Medical and sanitary report of the native army of Bengal for the year
Year: 1876
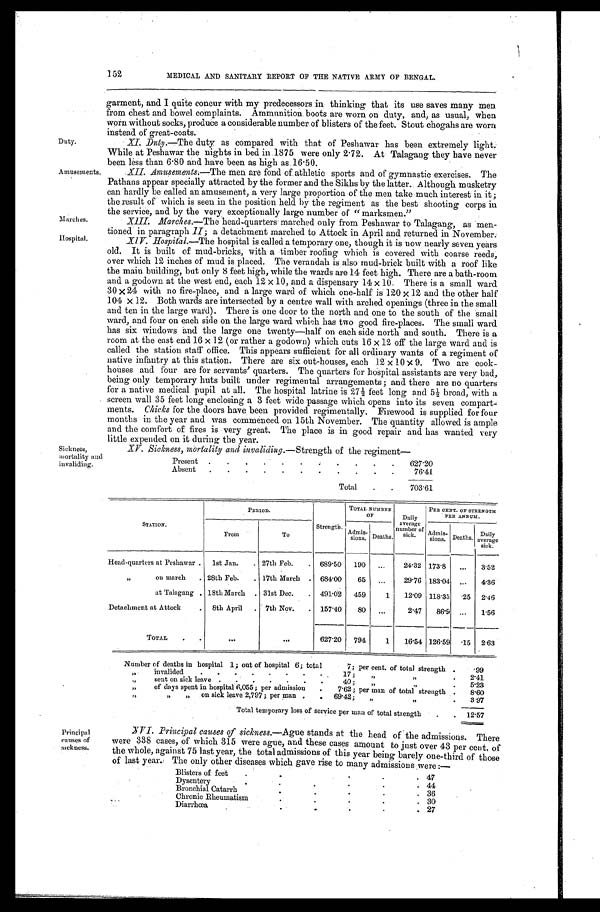
Duty.
Amusements.
Marches.
Hospital.
XV. Sickness. mortality and invaliding..—Strength of the regiment
Present
627.20
Absent
76.41
Total 703.61
Sickness,
mortality and
invaliding.
152
MEDICAL AND SANITARY REPORT OF THE NATIVE ARMY OF BENGAL.
garment, and I quite concur with my predecessors in thinking that its use saves many men
from chest and bowel complaints. Ammunition boots. are worn on duty, and, as usual, when
worn without socks, produce a considerable number of blisters of the feet. Stout chogahs are worn
instead of great-coats.
XI. Duty .—The duty as compared with that of Peshawar has been extremely light.
While at Peshawar the nights in bed in.1875 were only 2 . 72. At Talagang they have never
been less than 6.80 and have been as high as 16.50.
XII Anusements.—The men are fond of athletic sports and of gymnastic exercises. The
Pathans appear specially attracted by the former and the Sikhs by the latter. Although musketry
can hardly be called an amusement, a very large proportion of the men take much interest in it;
the result of which is seen in the position held by the regiment as the best shooting corps in
the service, and by the very exceptionally large number of "marksmen."
Marches.—The head-quarters marched only from Peshawar. to Talagang, as men-
tioned in paragraph II; a detachment marched to Attock in April and returned in November.
XIV. Hospital.—The hospital is called a temporary one, though it is now nearly seven years
old. It is built of mud-bricks, with a timber roofing which is covered with coarse reeds;
over which 12 inches of mud is placed. The verandah is also mud-brick built with a roof like
the main building, but only 8 feet high, while the wards are 14 feet high. There are a bath-room
and a godown at the west end, each 12 x 10, and a dispensary 14 x 10. There is a small ward
30 x 24 with no fire-place, and a large ward of Which one-half is 120 x 12 and the other half
104 x 12. Both wards are intersected by a centre wall with arched openings (three in the small
and ten in the large ward). There is one door to the north and one to the south of the small
ward, and four on each side on the large ward which has two good fire-places. The small ward
has six windows and the large one twenty—half on each side north and south. There is a
room at the east end 16 x 12 (or rather a godown) which cuts 16 x 12 off the large ward and is
called the station staff office. This appears sufficient for all ordinary wants of a regiment of
native infantry at this station. There are six out-houses, each 12 x 10 x 9. Two are cook-
houses and four are for servants' quarters. The quarters for hospital. assistants are very bad,
being only temporary huts built under regimental arrangements; and there are no quarters
for a native medical pupil at all. The hospital latrine is 27½ feet long and 5½ broad, with a
screen wall 35 feet long enclosing a 3 feet wide passage which opens into its seven compact-
ments. Chicks for the doors have , been provided regimentally. Firewood is supplied for four
months in the year and was commenced on 15th November. The quantity allowed is ample
and the comfort of fires is very great. The place is in good repair and has wanted very
little expended on it during. the year.
STATION.
PERIOD.
Strength.
TOTAL NUMBER
OF
Daily
average
number of
si ck.
PER CENT. OF STRENGTH PER
ANNUM.
From
To
A d m i s - s i o n s
. Deaths.
Admi s-
sions. Deaths.
D a i l y a v e r a g e
sick.
Head-quarters at Peshawar
1st Jan.
27th Feb.
689.50 190
24.32 173.8
3.52
„ on march
28th Feb.
17th March . 684.00 65
29.76 183.04
4.36
at Talagang 18th March. 31st Dec.
491.02 459
1 12.09 118.35 .25 2.46
Detachment at Attock
8th April
7th Nov
157.40 80
2.47 86.9
1.56
TOTAL
627.20 794
1
16.54 126.59 .15 2.63
Number of deaths in hospital 1; out of hospital 6; total
7; per cent. of total strength
.99
„ invalided
17; „ „
2.41
„ sent on sick leave
40; „ „ 5.23
„ of days spent in hospital 6,055; per admission
7.62; per man of total strength
8.60
„ „ „ on sick leave 2,797; per man
69.42; „ „ 3.97
-
Total temporary loss of service per man of total strength
12.57
Principal
causes o
f sickness.
XVI. Principal causes of sickness .—Ague stands at the head of the admissions. There
were 338 cases, of which 315 were ague, and these cases amount to just over 43 per cent, of
the whole, against 75 last year, the total admissions of this year being barely one-third of those
of last year. The only other diseases which gave rise to many admissions were:—
Blisters of feet
47
D y s e n t e r y
44
Bronchial Catarrh
36
Chronic Rheumatism
30
Diarrhœa
2 7 s s